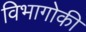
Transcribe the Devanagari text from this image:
विभागोकी